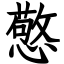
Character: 憼